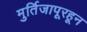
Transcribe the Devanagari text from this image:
मुर्तिजापूरहून